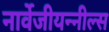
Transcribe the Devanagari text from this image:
नार्वेजीयन्नील्स